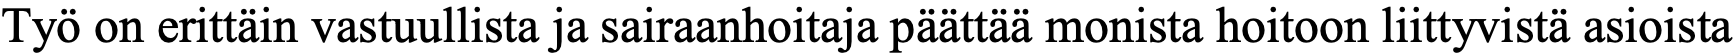
Työ on erittäin vastuullista ja sairaanhoitaja päättää monista hoitoon liittyvistä asioista